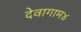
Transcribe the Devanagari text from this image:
देवागाम४